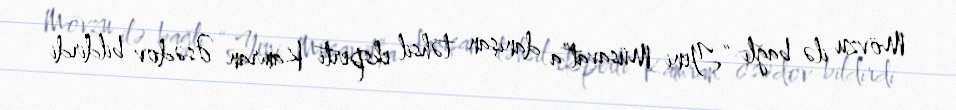
Mövzu ilə bağlı “Yeni Müsavat”a danışan təhsil eksperti Kamran Əsədov bildirdi